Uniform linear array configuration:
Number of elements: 4
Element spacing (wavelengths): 0.25
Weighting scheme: uniform
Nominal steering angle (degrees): -15
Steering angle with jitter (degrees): -14.373
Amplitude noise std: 0.05
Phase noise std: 0.05

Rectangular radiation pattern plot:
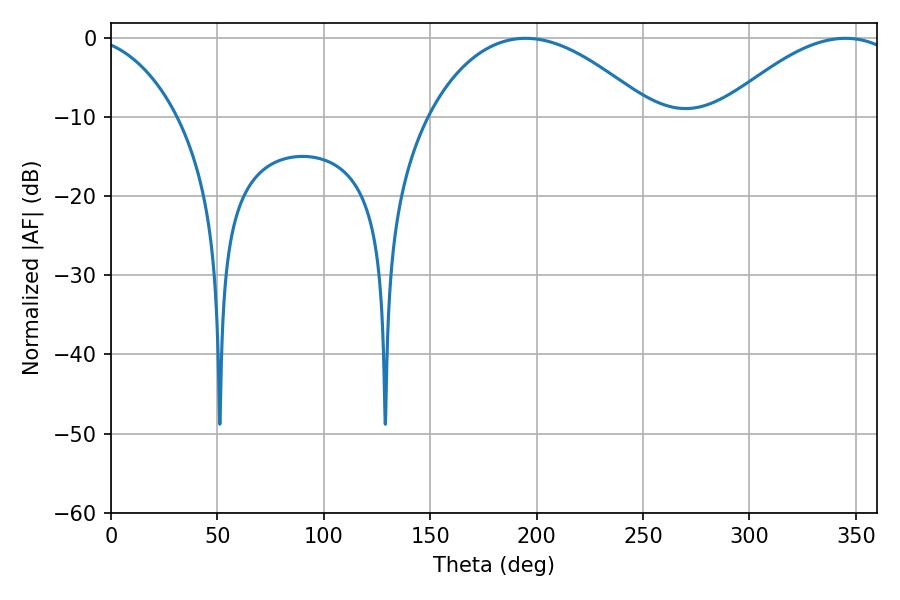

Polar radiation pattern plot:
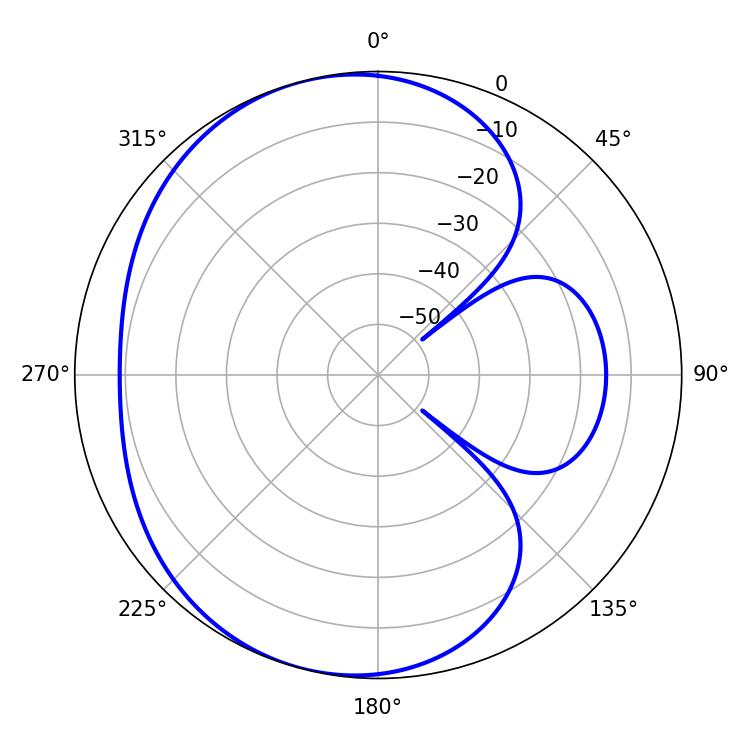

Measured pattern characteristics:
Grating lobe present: FALSE
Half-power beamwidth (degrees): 58.32
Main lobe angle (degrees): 194.76